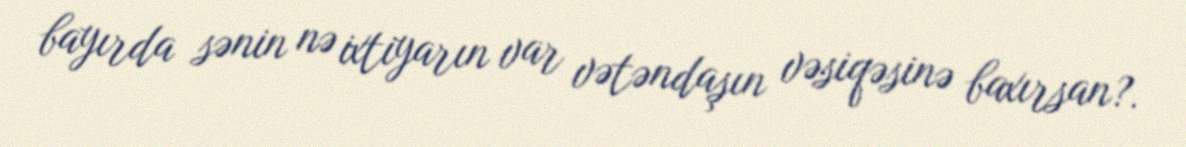
bayırda sənin nə ixtiyarın var vətəndaşın vəsiqəsinə baxırsan?.